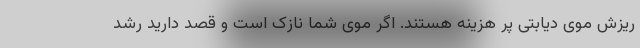
ریزش موی دیابتی پر هزینه هستند. اگر موی شما نازک است و قصد دارید رشد